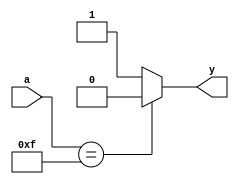
module nand4_if(a,y);
   input [3:0] a;
   output reg y;

   always @(a)
   begin
      if(a == 4'b1111)
      begin
         y=1'b0;
      end
      else
      begin
         y=1'b1;
      end
   end
endmodule